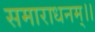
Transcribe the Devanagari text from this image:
समाराधनम्।।